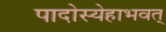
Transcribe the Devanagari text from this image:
पादोस्येहाभवत्